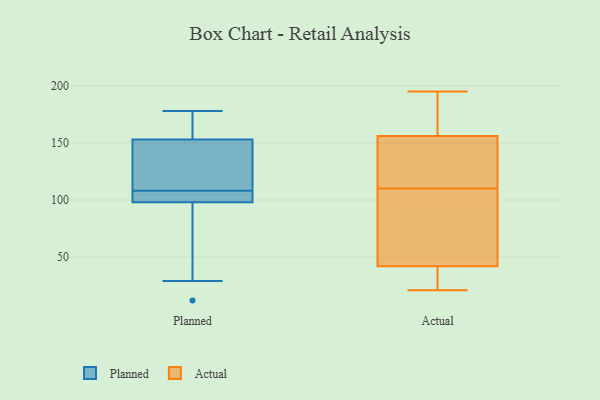
{"axis": {"x": "Revenue (USD Million)", "y": "Value"}, "legend": ["Actual", "Planned"], "data": [{"x": "", "y": 178, "type": "Planned"}, {"x": "", "y": 98, "type": "Planned"}, {"x": "", "y": 145, "type": "Planned"}, {"x": "", "y": 166, "type": "Planned"}, {"x": "", "y": 12, "type": "Planned"}, {"x": "", "y": 29, "type": "Planned"}, {"x": "", "y": 103, "type": "Planned"}, {"x": "", "y": 110, "type": "Planned"}, {"x": "", "y": 106, "type": "Planned"}, {"x": "", "y": 153, "type": "Planned"}, {"x": "", "y": 117, "type": "Actual"}, {"x": "", "y": 83, "type": "Actual"}, {"x": "", "y": 31, "type": "Actual"}, {"x": "", "y": 195, "type": "Actual"}, {"x": "", "y": 125, "type": "Actual"}, {"x": "", "y": 94, "type": "Actual"}, {"x": "", "y": 133, "type": "Actual"}, {"x": "", "y": 172, "type": "Actual"}, {"x": "", "y": 21, "type": "Actual"}, {"x": "", "y": 127, "type": "Actual"}, {"x": "", "y": 38, "type": "Actual"}, {"x": "", "y": 103, "type": "Actual"}, {"x": "", "y": 156, "type": "Actual"}, {"x": "", "y": 92, "type": "Actual"}, {"x": "", "y": 42, "type": "Actual"}, {"x": "", "y": 185, "type": "Actual"}, {"x": "", "y": 26, "type": "Actual"}, {"x": "", "y": 172, "type": "Actual"}]}